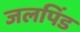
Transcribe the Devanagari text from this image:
जलपिंड